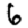
Digit: 6